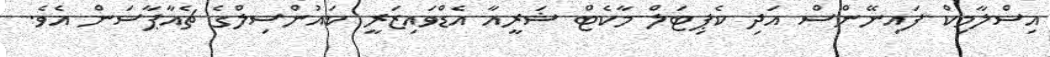
އިސްލާމިކް ފައިނޭންސް އަދި ކެޕިޓަލް މާކެޓް ޝަރީއާ އެޑްވައިޒަރީ ކައުންސިލްގެ ޗެއާޕާސަން އެވެ.